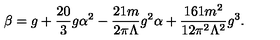
\beta = g + \frac { 2 0 } { 3 } g \alpha ^ { 2 } - \frac { 2 1 m } { 2 \pi \Lambda } g ^ { 2 } \alpha + \frac { 1 6 1 m ^ { 2 } } { 1 2 \pi ^ { 2 } \Lambda ^ { 2 } } g ^ { 3 } .